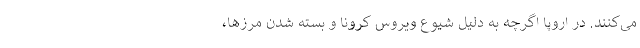
می‌کنند. در اروپا اگرچه به دلیل شیوع ویروس کرونا و بسته شدن مرزها،